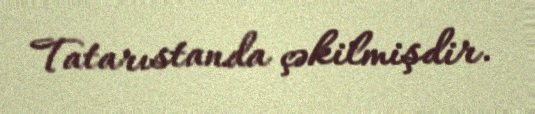
Tatarıstanda çəkilmişdir.